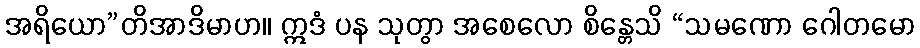
အရိယော”တိအာဒိမာဟ။ ဣဒံ ပန သုတွာ အစေလော စိန္တေသိ “သမဏော ဂေါတမော